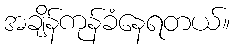
အချိန်ကုန်ခံနေရတယ်။